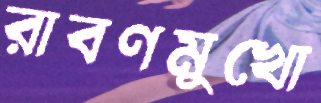
রাবণমুখো